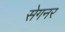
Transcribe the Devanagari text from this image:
सेगनर